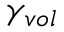
\gamma _ { v o l }